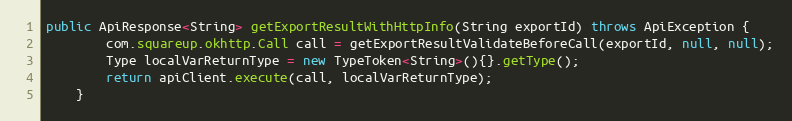
Language: Java
public ApiResponse<String> getExportResultWithHttpInfo(String exportId) throws ApiException {
        com.squareup.okhttp.Call call = getExportResultValidateBeforeCall(exportId, null, null);
        Type localVarReturnType = new TypeToken<String>(){}.getType();
        return apiClient.execute(call, localVarReturnType);
    }